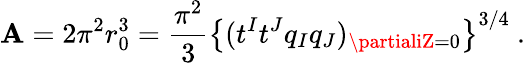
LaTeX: \mathbf{A}=2\pi^{2}r_{0}^{3}={\frac{{\pi^{2}}}{{3}}}\left\{ (t^{I}t^{J}q_{I}q_{J})_{\partialiZ=0}\right\} ^{3/4}\ .